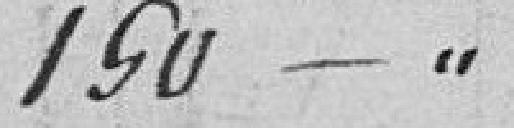
150